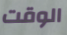
الوقت